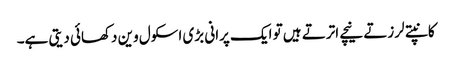
کانپتے لرزتے نیچے اترتے ہیں تو ایک پرانی بڑی اسکول وین دکھائی دیتی ہے۔